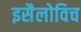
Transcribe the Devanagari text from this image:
इसैलोविच